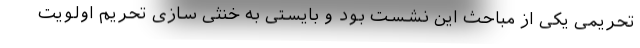
تحریمی یکی از مباحث این نشست بود و بایستی به خنثی سازی تحریم اولویت